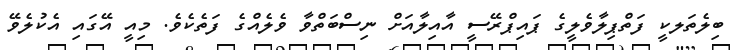
ބިލެތަލކީ ފަތްޕިލާވެލީގެ ޕައިޕްރޭސީ އާއިލާއަށް ނިސްބަތްވާ ވެލެއްގެ ފަތެކެވެ. މިއީ އޭގައި އެކުލެވޭ